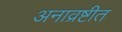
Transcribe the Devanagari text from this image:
अनाव्रष्टीत